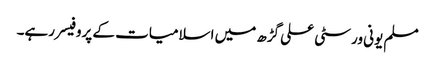
مسلم یونی ورسٹی علی گڑھ میں اسلامیات کے پروفیسر رہے۔